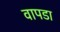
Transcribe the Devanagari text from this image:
वापडा